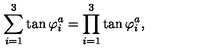
\sum _ { i = 1 } ^ { 3 } \tan \varphi _ { i } ^ { a } = \prod _ { i = 1 } ^ { 3 } \tan \varphi _ { i } ^ { a } ,